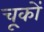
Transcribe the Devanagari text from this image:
चू्कों